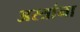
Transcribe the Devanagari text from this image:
अस्त्रांना